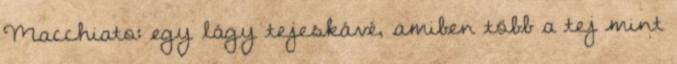
Macchiato: egy lágy tejeskávé, amiben több a tej mint